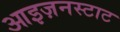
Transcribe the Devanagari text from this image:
आइज़नस्टाट